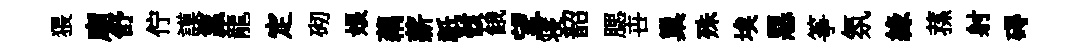
猥廟舒佇謨籯龍定砌娘藕薪祇骸餓望寝韶腮卋巢殊埃惡筝氛緣蓀射碍